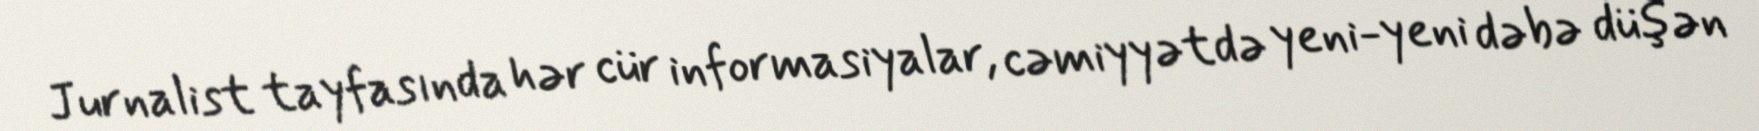
Jurnalist tayfasında hər cür informasiyalar, cəmiyyətdə yeni-yeni dəbə düşən